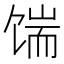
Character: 𩠊